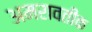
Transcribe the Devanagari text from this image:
अमरावतीक